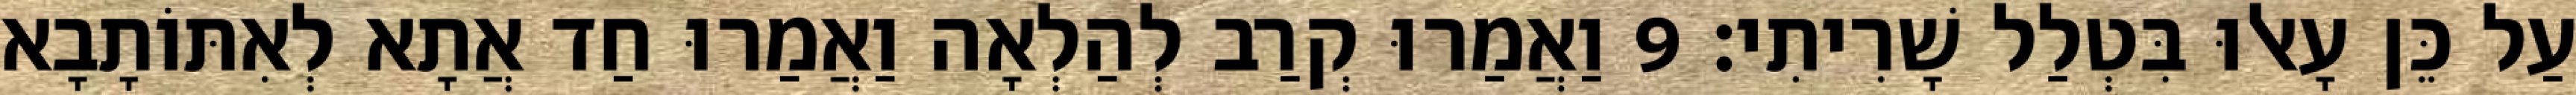
עַל כֵּן עָאלוּ בִּטְלַל שָׁרִיתִי׃ 9 וַאֲמַרוּ קְרַב לְהַלְאָה וַאֲמַרוּ חַד אֲתָא לְאִתּוֹתָבָא